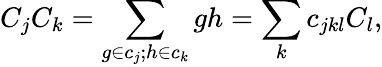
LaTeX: C_{j}C_{k}=\sum_{g\in c_{j};h\in c_{k}}gh=\sum_{k}c_{jkl}C_{l},